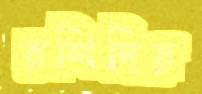
রশিদির